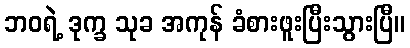
ဘဝရဲ့ ဒုက္ခ သုခ အကုန် ခံစားဖူးပြီးသွားပြီ။